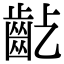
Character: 𪗚